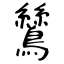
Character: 鷥